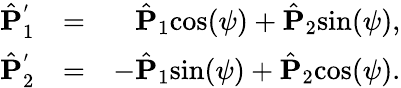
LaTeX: \begin{array}{rlr}{\hat{\mathbf P}_{1}^{'}}&{=}&{\hat{{\mathbf P}}_{1}\mathrm{cos}(\psi)+\hat{{\mathbf P}}_{2}\mathrm{sin}(\psi),}\\ {\hat{\mathbf P}_{2}^{'}}&{=}&{-\hat{{\mathbf P}}_{1}\mathrm{sin}(\psi)+\hat{{\mathbf P}}_{2}\mathrm{cos}(\psi).}\end{array}